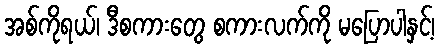
အစ်ကိုရယ်၊ ဒီစကားတွေ စကားလက်ကို မပြောပါနှင့်၊